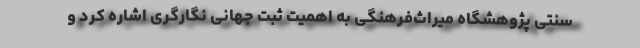
سنتی پژوهشگاه میراث‌فرهنگی به اهمیت ثبت جهانی نگارگری اشاره کرد و